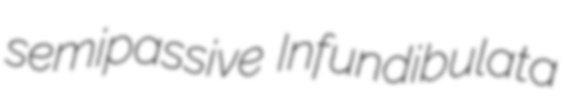
semipassive Infundibulata